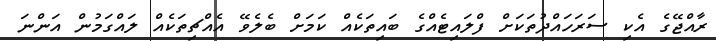
ރާއްޖޭގެ އެކި ސަރަހައްދުތަކަށް ފްލައިޓެއްގެ ބައިތަކެއް ކަމަށް ބެލެވޭ އެއްޗިތަކެއް ލައްގަމުން އަންނަ